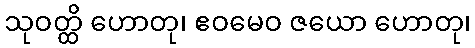
သုဝတ္ထိ ဟောတု၊ ဧဝမေဝ ဇယော ဟောတု၊